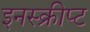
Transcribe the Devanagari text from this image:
इनस्क्रीप्ट